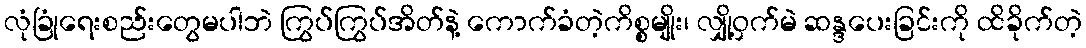
လုံခြုံရေးစည်းတွေမပါဘဲ ကြွပ်ကြွပ်အိတ်နဲ့ ကောက်ခံတဲ့ကိစ္စမျိုး၊ လျှို့ဝှက်မဲ ဆန္ဒပေးခြင်းကို ထိခိုက်တဲ့